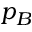
p _ { B }